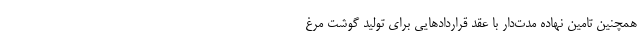
همچنین تامین نهاده مدت‌دار با عقد قراردادهایی برای تولید گوشت مرغ